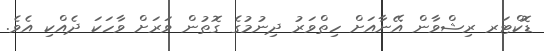
ޑޮކްޓަރ ރިޝްވާން އޭނާއަށް ހިތްވަރު ދިނުމުގެ ގޮތުން ވަރަށް ވާހަކަ ދެއްކި އެވެ.